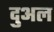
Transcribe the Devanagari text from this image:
दुअल